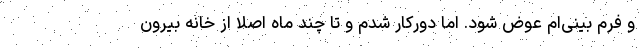
و فرم بینی‌ام عوض شود. اما دورکار شدم و تا چند ماه اصلاً از خانه بیرون